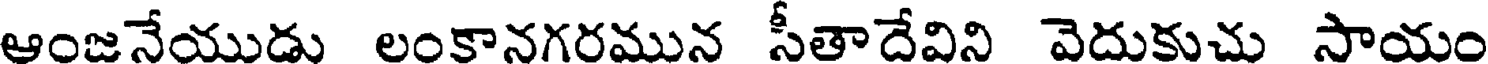
ఆంజనేయుడు లంకానగరమున సీతాదేవిని వెదుకుచు సాయం